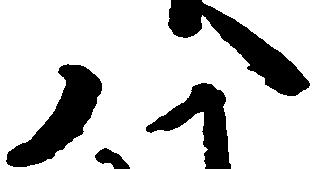
八